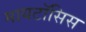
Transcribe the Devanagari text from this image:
मायटॉसिस